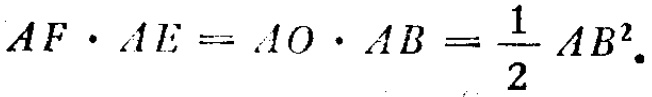
\(AF\cdot AE = AO\cdot AB=\frac{1}{2}AB^{2}\)